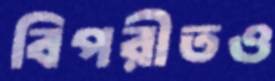
বিপরীতও